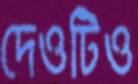
দেওটিও